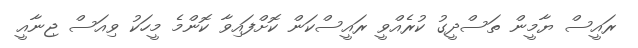
ރައީސް ޔާމީން ތަސްދީގު ކުރެއްވީ ރައީސްކަން ކޮށްފައިވާ ކޮންމެ މީހަކު ވިއަސް ޖިނާއީ